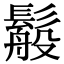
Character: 䰉